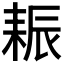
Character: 𦓶